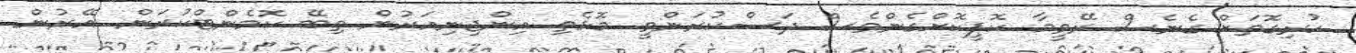
ހުރިގޮތަށް ގެނެސް ރޭވީމާ. ކޮޕީކޮށްގެންވެސް ދަސްކުރަންވީ. މޮޅެތި އިންޖިނިއަރުން ތިބޭ ކޮމެންޓްކުރަން. އޭރުން